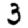
Digit: 3